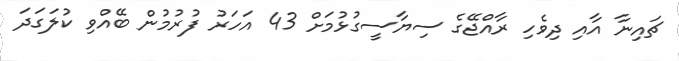
ޗައިނާ އާއި ދިވެހި ރާއްޖޭގެ ސިޔާސީގުޅުމަށް 43 އަހަރު ފުރުމުން ބޭއްވި ކުލަގަދަ